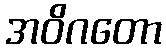
အဝိဂတော